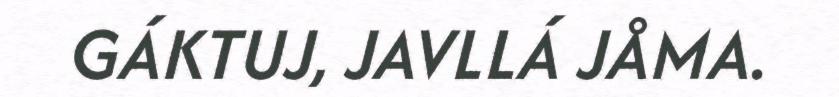
GÁKTUJ, JAVLLÁ JÅMA.